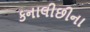
કનાલીછીના